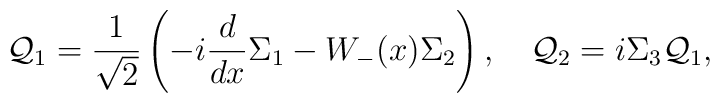
{\cal Q}_1=\frac{1}{\sqrt{2}}\left(-i\frac{d}{dx}{\Sigma_1}-W_-(x)\Sigma_2\right),\quad{\cal Q}_2=i\Sigma_3{\cal Q}_1,